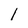
Character: l